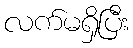
လက်မရှိပြီး